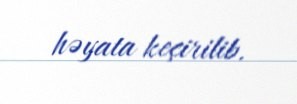
həyata keçirilib.